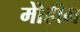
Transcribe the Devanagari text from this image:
मोेहीम